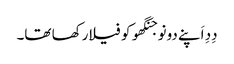
دِدِ اَپنے دونو جنگھو کو فیلا رکھا تھا۔